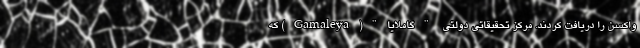
واکسن را دریافت کردند. مرکز تحقیقاتی دولتی "گاملایا"(Gamaleya) که